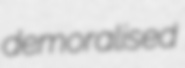
demoralised